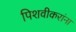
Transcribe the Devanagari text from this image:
पिशवीकरांना